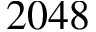
2 0 4 8